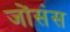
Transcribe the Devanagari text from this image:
जोंसंस